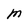
Character: M